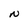
Character: N